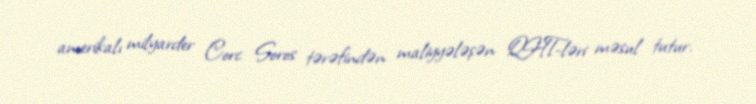
amerikalı milyarder Corc Soros tərəfindən maliyyələşən QHT-ləri məsul tutur.